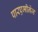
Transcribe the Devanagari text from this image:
पारएमीनेज